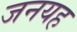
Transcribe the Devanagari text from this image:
जनयह